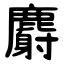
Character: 麝